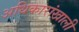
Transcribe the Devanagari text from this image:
अधिकारांखाली